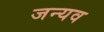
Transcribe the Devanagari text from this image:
जन्यव